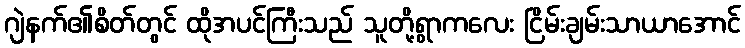
ဂျဲနက်၏စိတ်တွင် ထိုအပင်ကြီးသည် သူတို့ရွာကလေး ငြိမ်းချမ်းသာယာအောင်